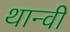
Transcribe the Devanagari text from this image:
थान्वी